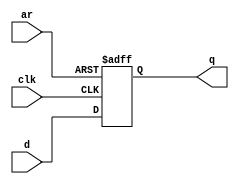
module top_module (
    input clk,
    input d, 
    input ar,   // asynchronous reset
    output reg q);

    always @(posedge clk, posedge ar) begin
        if (ar == 1) begin
            q <= 0;
        end
        else begin
            q <= d;
        end
    end

endmodule